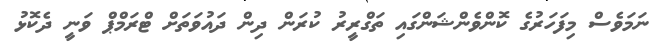
ނަމަވެސް މިފަހަރުގެ ކޮންވެންޝަންގައި ތަގްރީރު ކުރަން ދިން ދައުވަތަށް ޓްރަމްޕް ވަނީ ދެކޮޅު